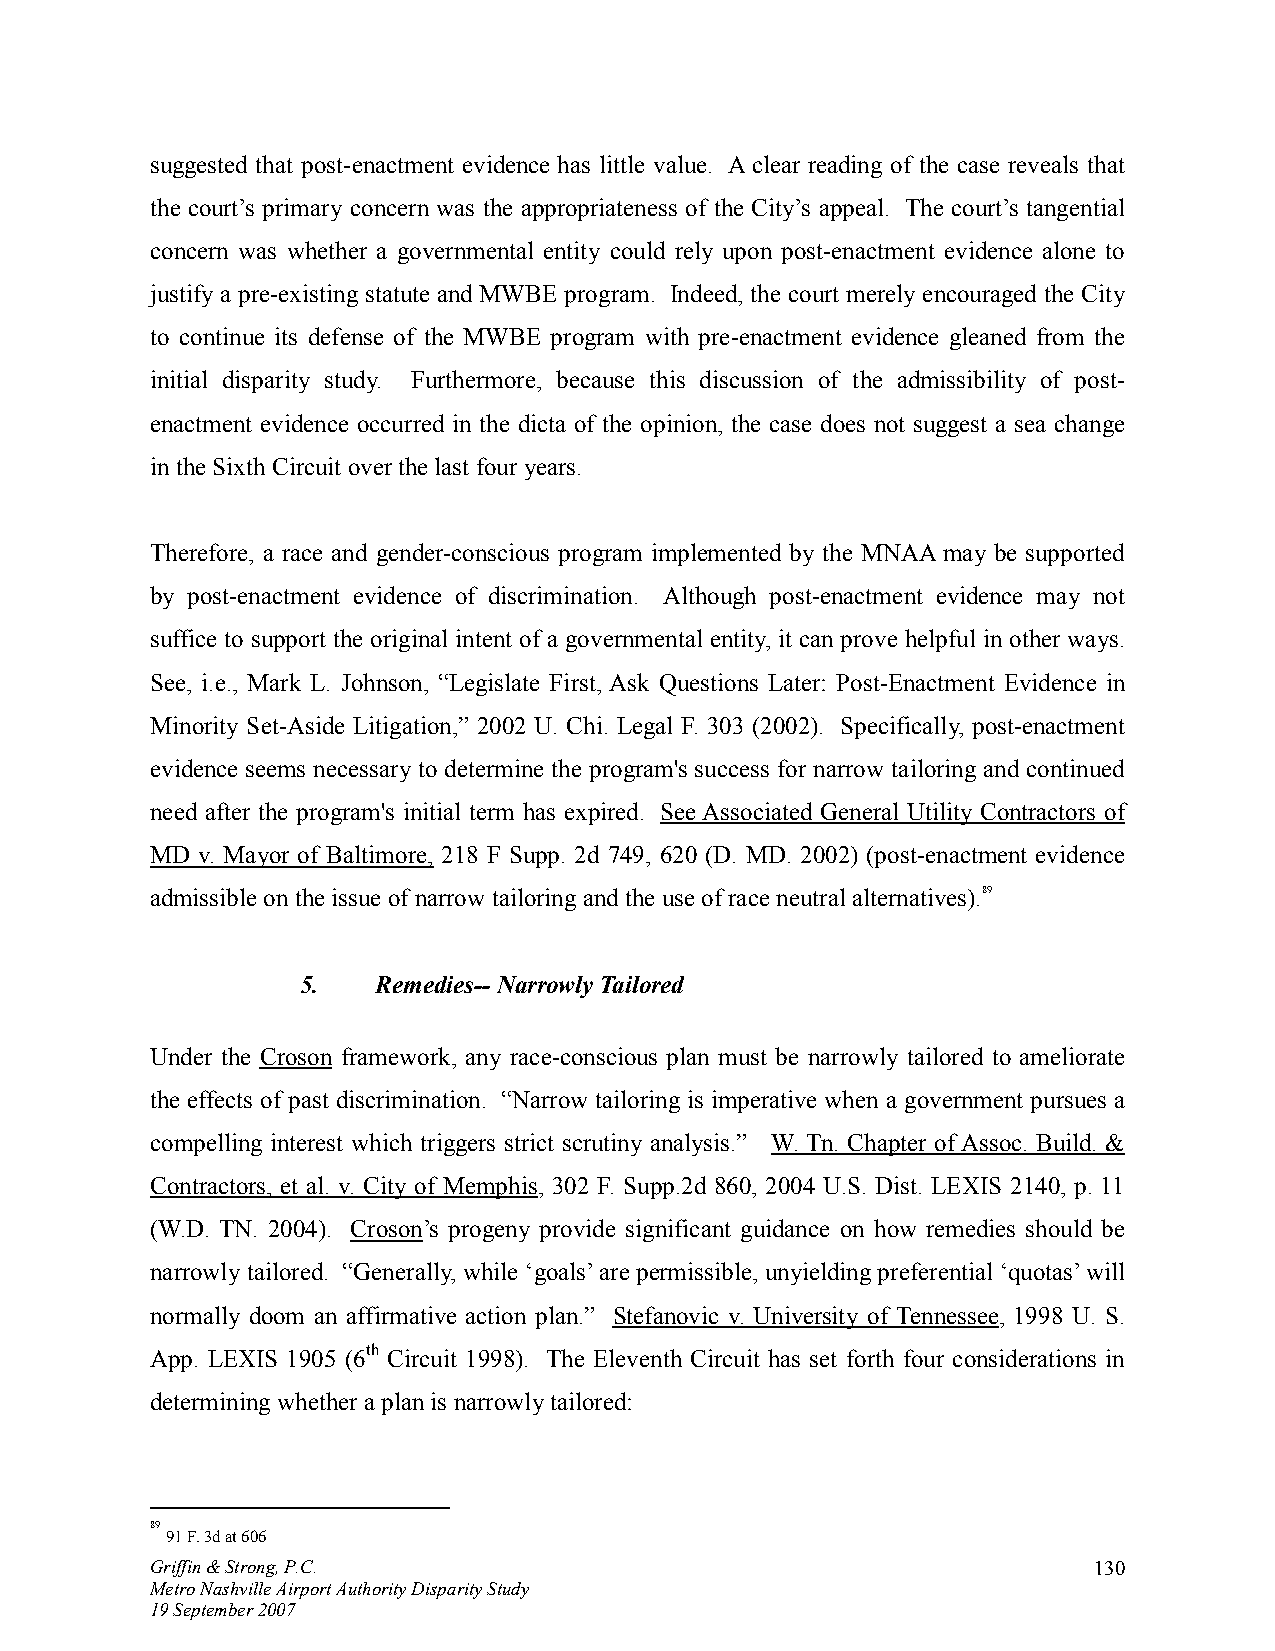
suggested that post-enactment evidence has little value. A clear reading of the case reveals that
 the court’s primary concern was the appropriateness of the City’s appeal. The court’s tangential
 concern was whether a governmental entity could rely upon post-enactment evidence alone to
 justify a pre-existing statute and MWBE program. Indeed, the court merely encouraged the City
 to continue its defense of the MWBE program with pre-enactment evidence gleaned from the
 initial disparity study. Furthermore, because this discussion of the admissibility of post-
 enactment evidence occurred in the dicta of the opinion, the case does not suggest a sea change
 in the Sixth Circuit over the last four years.
 Therefore, a race and gender-conscious program implemented by the MNAA may be supported
 by post-enactment evidence of discrimination. Although post-enactment evidence may not
 suffice to support the original intent of a governmental entity, it can prove helpful in other ways.
 See, i.e., Mark L. Johnson, “Legislate First, Ask Questions Later: Post-Enactment Evidence in
 Minority Set-Aside Litigation,” 2002 U. Chi. Legal F. 303 (2002). Specifically, post-enactment
 evidence seems necessary to determine the program's success for narrow tailoring and continued
 need after the program's initial term has expired. See Associated General Utility Contractors of
 MD v. Mayor of Baltimore, 218 F Supp. 2d 749, 620 (D. MD. 2002) (post-enactment evidence
 admissible on the issue of narrow tailoring and the use of race neutral alternatives).89
 5.   Remedies-- Narrowly Tailored
 Under the Croson framework, any race-conscious plan must be narrowly tailored to ameliorate
 the effects of past discrimination. “Narrow tailoring is imperative when a government pursues a
 compelling interest which triggers strict scrutiny analysis.” W. Tn. Chapter of Assoc. Build. &
 Contractors, et al. v. City of Memphis, 302 F. Supp.2d 860, 2004 U.S. Dist. LEXIS 2140, p. 11
 (W.D. TN. 2004). Croson’s progeny provide significant guidance on how remedies should be
 narrowly tailored. “Generally, while ‘goals’ are permissible, unyielding preferential ‘quotas’ will
 normally doom an affirmative action plan.” Stefanovic v. University of Tennessee, 1998 U. S.
 App. LEXIS 1905 (6th Circuit 1998). The Eleventh Circuit has set forth four considerations in
 determining whether a plan is narrowly tailored:
 89
 91 F. 3d at 606
 Griffin & Strong, P.C.                                        130
 Metro Nashville Airport Authority Disparity Study
 19 September 2007